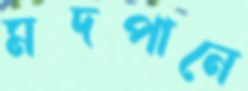
মদপানে